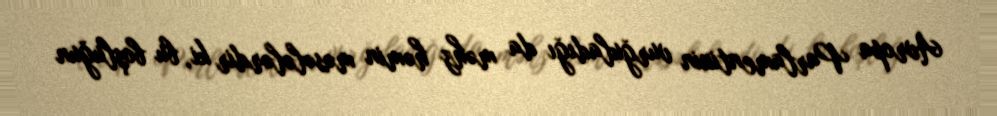
Avropa Parlamentinin vurğuladığı da məhz həmin məsələlərdir ki, bu boşluğun